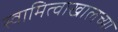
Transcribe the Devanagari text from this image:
स्वामित्वाखालच्या